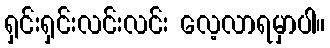
ရှင်းရှင်းလင်းလင်း လေ့လာရမှာပါ။